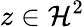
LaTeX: z\in\mathcal H^{2}